Document type: Grant
Year: 1232
Scribe: Berenguer de Clos
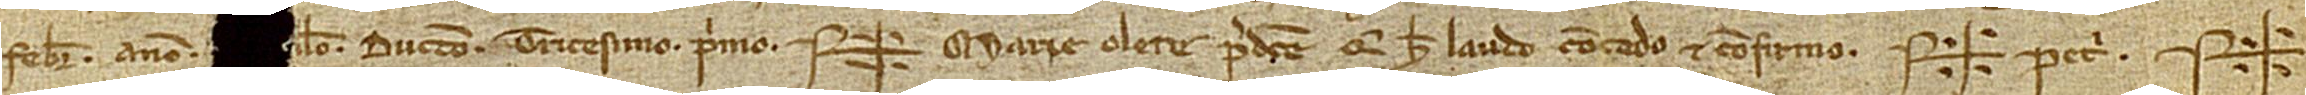
febrarii, anno [m]il[lesim]o ducentesimo tricesimo primo. Sig+num Marie Olete predicte, qui hec laudo, concedo et confirmo. Sig+num Petri, Sig+num